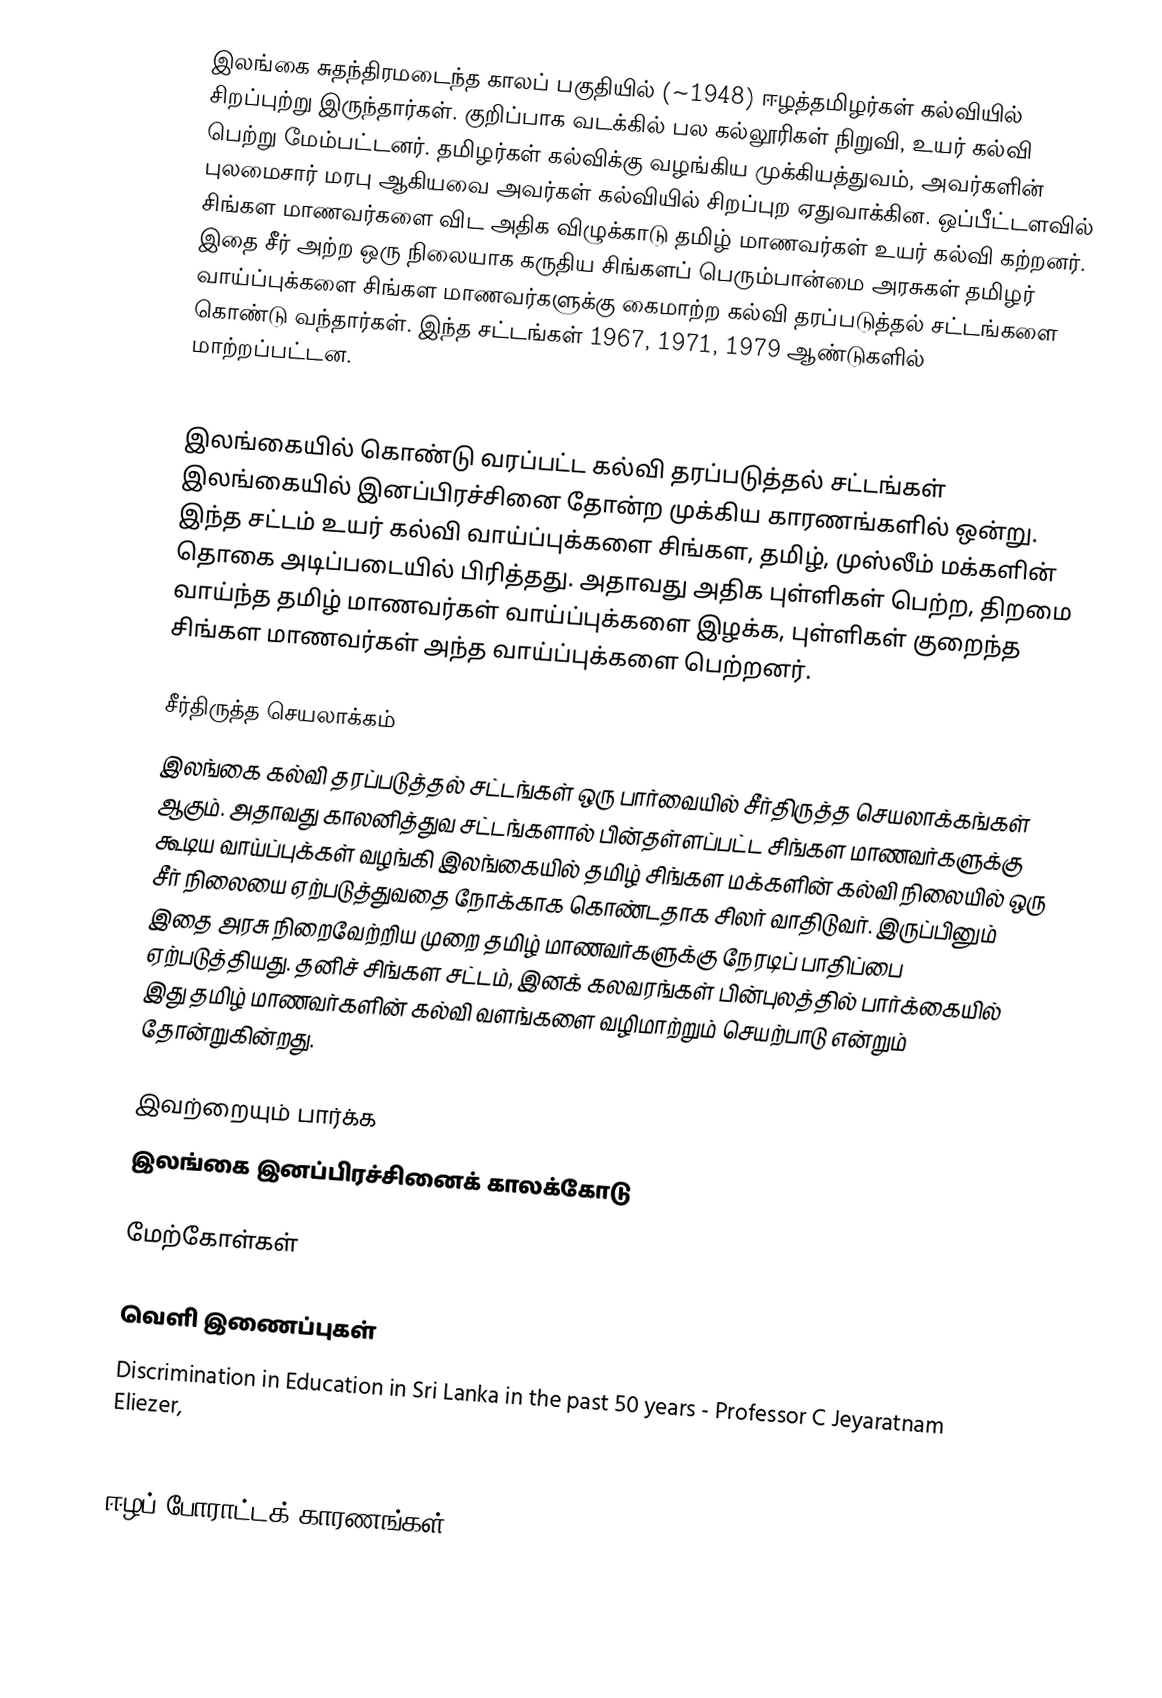
இலங்கை சுதந்திரமடைந்த காலப் பகுதியில் (~1948) ஈழத்தமிழர்கள் கல்வியில் சிறப்புற்று இருந்தார்கள்.  குறிப்பாக வடக்கில் பல கல்லூரிகள் நிறுவி, உயர் கல்வி பெற்று மேம்பட்டனர்.  தமிழர்கள் கல்விக்கு வழங்கிய முக்கியத்துவம், அவர்களின் புலமைசார் மரபு ஆகியவை அவர்கள் கல்வியில் சிறப்புற ஏதுவாக்கின.  ஒப்பீட்டளவில் சிங்கள மாணவர்களை விட அதிக விழுக்காடு தமிழ் மாணவர்கள் உயர் கல்வி கற்றனர்.  இதை சீர் அற்ற ஒரு நிலையாக கருதிய சிங்களப் பெரும்பான்மை அரசுகள் தமிழர் வாய்ப்புக்களை சிங்கள மாணவர்களுக்கு கைமாற்ற கல்வி தரப்படுத்தல் சட்டங்களை கொண்டு வந்தார்கள்.  இந்த சட்டங்கள் 1967, 1971, 1979 ஆண்டுகளில் மாற்றப்பட்டன.

இலங்கையில் கொண்டு வரப்பட்ட கல்வி தரப்படுத்தல் சட்டங்கள் இலங்கையில் இனப்பிரச்சினை தோன்ற முக்கிய காரணங்களில் ஒன்று. இந்த சட்டம் உயர் கல்வி வாய்ப்புக்களை சிங்கள, தமிழ், முஸ்லீம் மக்களின் தொகை அடிப்படையில் பிரித்தது.  அதாவது அதிக புள்ளிகள் பெற்ற, திறமை வாய்ந்த தமிழ் மாணவர்கள் வாய்ப்புக்களை இழக்க, புள்ளிகள் குறைந்த சிங்கள மாணவர்கள் அந்த வாய்ப்புக்களை பெற்றனர்.

சீர்திருத்த செயலாக்கம்
இலங்கை கல்வி தரப்படுத்தல் சட்டங்கள் ஒரு பார்வையில் சீர்திருத்த செயலாக்கங்கள் ஆகும்.  அதாவது காலனித்துவ சட்டங்களால் பின்தள்ளப்பட்ட சிங்கள மாணவர்களுக்கு கூடிய வாய்ப்புக்கள் வழங்கி இலங்கையில் தமிழ் சிங்கள மக்களின் கல்வி நிலையில் ஒரு சீர் நிலையை ஏற்படுத்துவதை நோக்காக கொண்டதாக சிலர் வாதிடுவர். இருப்பினும் இதை அரசு நிறைவேற்றிய முறை தமிழ் மாணவர்களுக்கு நேரடிப் பாதிப்பை ஏற்படுத்தியது.  தனிச் சிங்கள சட்டம், இனக் கலவரங்கள் பின்புலத்தில் பார்க்கையில் இது தமிழ் மாணவர்களின் கல்வி வளங்களை வழிமாற்றும் செயற்பாடு என்றும் தோன்றுகின்றது.

இவற்றையும் பார்க்க
 இலங்கை இனப்பிரச்சினைக் காலக்கோடு

மேற்கோள்கள்

வெளி இணைப்புகள்
Discrimination in Education in Sri Lanka in the past 50 years - Professor C Jeyaratnam Eliezer,
The Root Causes of the Ethnic Conflict in Sri Lanka

ஈழப் போராட்டக் காரணங்கள்